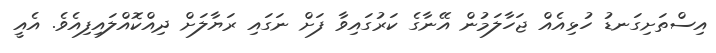
އިސްތަށިގަނޑު ހުޅިއެއް ޖަހާލަމުން އޭނާގެ ކަރުގައިވާ ފަށް ނަގައި ރަޔާލަށް ދިއްކޮއްލައިފިއެވެ. އެއީ